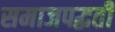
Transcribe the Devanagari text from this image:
समाजपद्धती